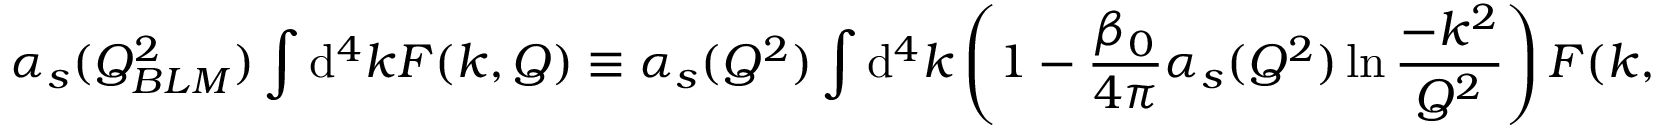
\alpha _ { s } ( Q _ { B L M } ^ { 2 } ) \int \mathrm { d } ^ { 4 } k F ( k , Q ) \equiv \alpha _ { s } ( Q ^ { 2 } ) \int \mathrm { d } ^ { 4 } k \left( 1 - \frac { \beta _ { 0 } } { 4 \pi } \alpha _ { s } ( Q ^ { 2 } ) \ln \frac { - k ^ { 2 } } { Q ^ { 2 } } \right) F ( k , Q ) \, . \, \, \,